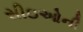
સીઇઓની